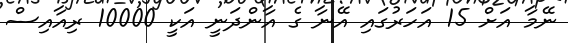
ނޭމާ އަށް 15 އަހަރުގައި އޭނާ ގެ އާންދަނީ އަކީ 10000 ރިއާއިސް